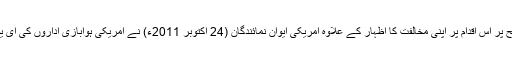
ہوابازی کے گروپس اور انفرادی ممالک عوامی سطح پر اس اقدام پر اپنی مخالفت کا اظہار کے علاوہ امریکی ایوان نمائندگان (24 اکتوبر 2011ء) نے امریکی ہوابازی اداروں کی ای یو اسکیم میں شمولیت پر پابندی کا بل منظور کیا تھا۔